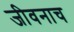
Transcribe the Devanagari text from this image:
जीवनाच